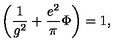
\left( { \frac { 1 } { g ^ { 2 } } } + { \frac { e ^ { 2 } } { \pi } } \Phi \right) = 1 ,